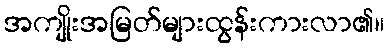
အကျိုးအမြတ်များထွန်းကားလာ၏။